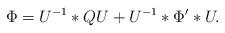
LaTeX: \begin{align*}\Phi=U^{-1}\ast QU+U^{-1}\ast\Phi'\ast U.\end{align*}